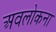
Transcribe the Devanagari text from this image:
अवलोकना